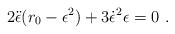
\begin{align*} 2\ddot{\epsilon}(r_0-\epsilon^2)+3\dot{\epsilon}^2\epsilon=0\ .\end{align*}